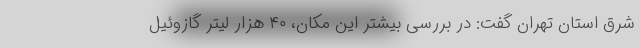
شرق استان تهران گفت: در بررسی بیشتر این مکان، ۴۰ هزار لیتر گازوئیل